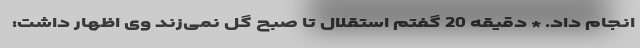
انجام داد. * دقیقه 20 گفتم استقلال تا صبح گل نمی‌زند وی اظهار داشت: